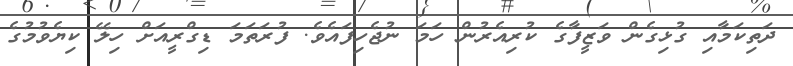
ދަތިކަމާއި ގުޅިގެން ވަޒީފާގެ ކުރިއެރުން ހަމަ ނުޖެހިފައެވެ. ފުރަތަމަ ޑިގްރީއަށް ހިލޭ ކިޔެވުމުގެ